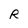
Character: R